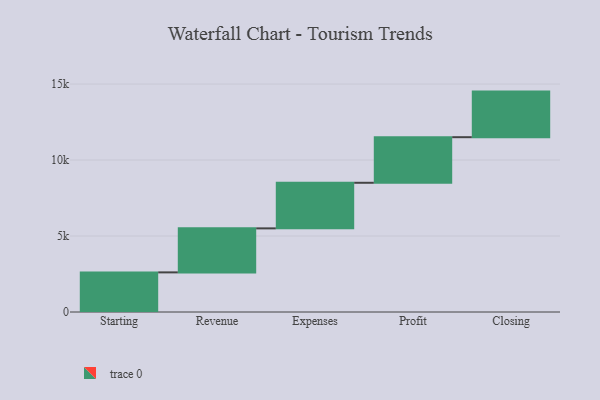
{"axis": {"x": "Step", "y": "Value"}, "legend": [""], "data": [{"x": "Starting", "y": 2607.0, "type": ""}, {"x": "Revenue", "y": 2896.0, "type": ""}, {"x": "Expenses", "y": 3000, "type": ""}, {"x": "Profit", "y": 3000, "type": ""}, {"x": "Closing", "y": 3000, "type": ""}]}